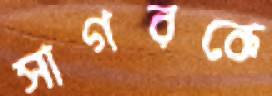
সাগরকে